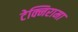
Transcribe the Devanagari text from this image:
टेक्निरामा